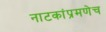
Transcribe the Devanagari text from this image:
नाटकांप्रमणेच